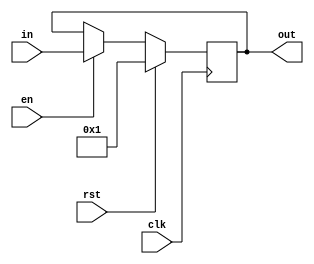
`timescale 1ns / 1ps
//////////////////////////////////////////////////////////////////////////////////
// Company: 
// Engineer: 
// 
// Design Name: 
// Module Name:    Register8Bit 
// Project Name: 
// Target Devices: 
// Tool versions: 
// Description: 
//
// Dependencies: 
//
// Revision: 
// Revision 0.01 - File Created
// Additional Comments: 
//
//////////////////////////////////////////////////////////////////////////////////
module Register8Bit(out, in,rst, en, clk);
output	reg [7:0] out;
input		[7:0] in;
input rst;
input en;
input clk;

reg [7:0] nextValue;

always@(posedge clk)
begin
	out <= nextValue;
end

always@(rst or en or in or out)
begin
	if(rst)
	begin
		nextValue = 8'd1;
	end
	else
	begin
		if(en)
		begin
			nextValue = in;
		end
		else
		begin
			nextValue = out;
		end
	end
end

endmodule